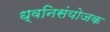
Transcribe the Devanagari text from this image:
ध्वनिसंयोजक